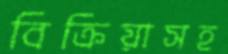
বিক্রিয়াসহ